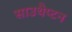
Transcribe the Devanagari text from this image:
साउथैप्टन